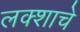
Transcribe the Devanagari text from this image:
लक्शाचे